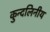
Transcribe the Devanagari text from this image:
कुन्दलिनीय